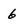
Character: 6